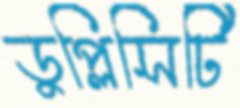
ডুপ্লিসিটি